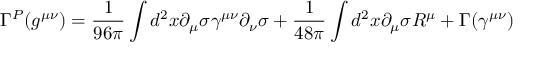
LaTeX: \Gamma ^ { P } ( g ^ { \mu \nu } ) = \frac { 1 } { 9 6 \pi } \int d ^ { 2 } x \partial _ { \mu } \sigma \gamma ^ { \mu \nu } \partial _ { \nu } \sigma + \frac { 1 } { 4 8 \pi } \int d ^ { 2 } x \partial _ { \mu } \sigma { \cal R } ^ { \mu } + \Gamma ( \gamma ^ { \mu \nu } )